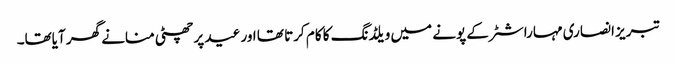
تبریز انصاری مہاراشٹر کے پونے میں ویلڈنگ کا کام کرتا تھا اور عید پر چھٹی منانے گھر آیاتھا۔